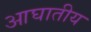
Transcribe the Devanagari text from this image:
आघातीय